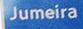
jumeira